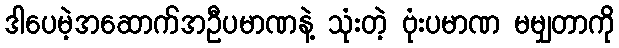
ဒါပေမဲ့အဆောက်အဦပမာဏနဲ့ သုံးတဲ့ ဗုံးပမာဏ မမျှတာကို